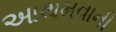
આથમવાની